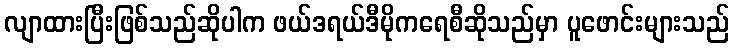
လျာထားပြီးဖြစ်သည်ဆိုပါက ဖယ်ဒရယ်ဒီမိုကရေစီဆိုသည်မှာ ပူဖောင်းများသည်